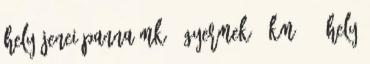
hely Jenei Panna Mk-1 Gyermek 5 km 13. hely